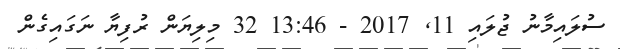
ސުލައިމާނު ޖުލައި 11